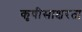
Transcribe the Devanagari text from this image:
कृषीसाक्षरता